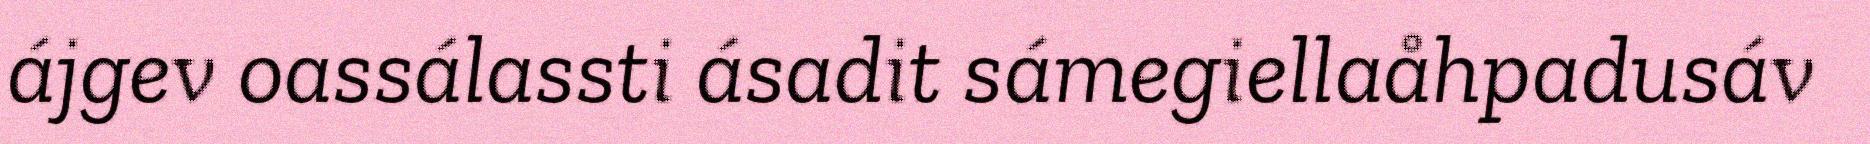
ájgev oassálassti ásadit sámegiellaåhpadusáv